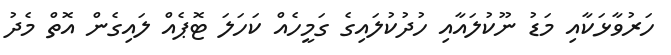
ހަރުވާޅަކާއި މަޑު ނޫކުލައާއި ހުދުކުލައިގެ ގަމީހެއް ކަހަލަ ޓޮޕެއް ލައިގެން އޮތް މެދު